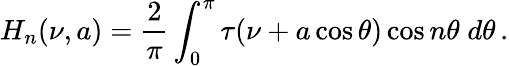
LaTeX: H_{n}(\nu,a)=\frac{2}{\pi}\int_{0}^{\pi}\tau(\nu+a\cos\theta)\cos n\theta\; d\theta\, .